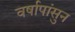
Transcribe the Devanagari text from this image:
वर्षापांसुन